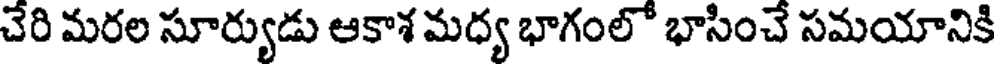
చేరి మరల సూర్యుడు ఆకాశ మధ్య భాగంలో భాసించే సమయానికి